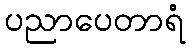
ပညာပေတာရံ